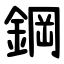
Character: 鋼